画像に写った文字を読んでください
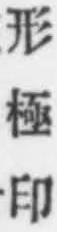
「形極印」と書いてあります